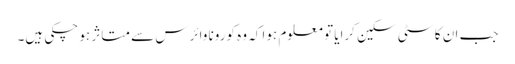
جب ان کا سٹی سکین کرایا تو معلوم ہوا کہ وہ کورونا وائرس سے متاثر ہو چکی ہیں۔